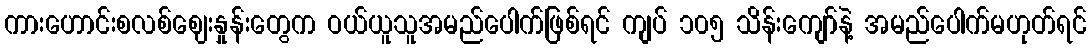
ကားဟောင်းစလစ်ဈေးနှုန်းတွေက ဝယ်ယူသူအမည်ပေါက်ဖြစ်ရင် ကျပ် ၁၀၅ သိန်းကျော်နဲ့ အမည်ပေါက်မဟုတ်ရင်